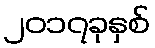
၂၀၁၇ခုနှစ်